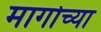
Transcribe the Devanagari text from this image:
मार्गोच्या